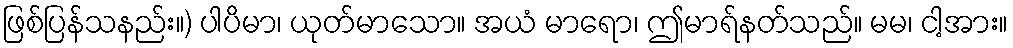
ဖြစ်ပြန်သနည်း။) ပါပိမာ၊ ယုတ်မာသော။ အယံ မာရော၊ ဤမာရ်နတ်သည်။ မမ၊ ငါ့အား။